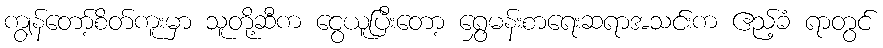
ကျွန်တော့်စိတ်ကူးမှာ သူတို့ဆီက ငွေယူပြီးတော့ ရွှေမန်းစာရေးဆရာအသင်းက ဧည့်ခံ ရာတွင်